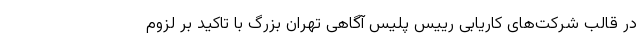
در قالب شرکت‌های کاریابی رییس پلیس آگاهی تهران بزرگ با تاکید بر لزوم